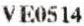
VE0514